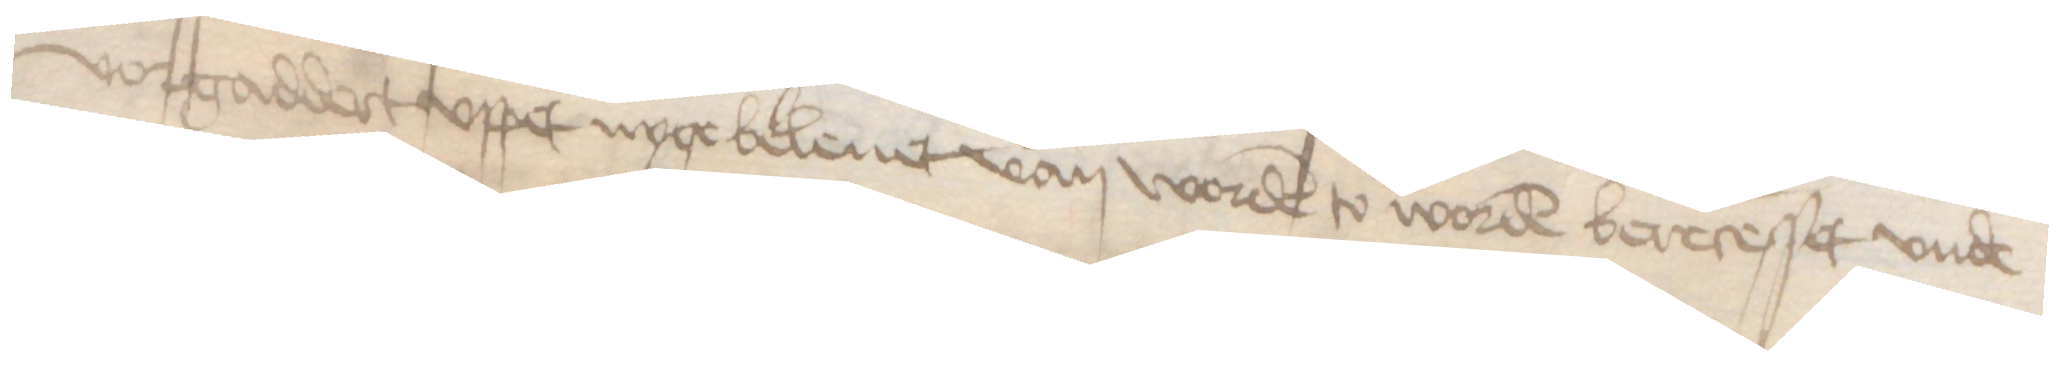
vorgaddert vppet nyge beleuet van worden to worden berecesset vnde